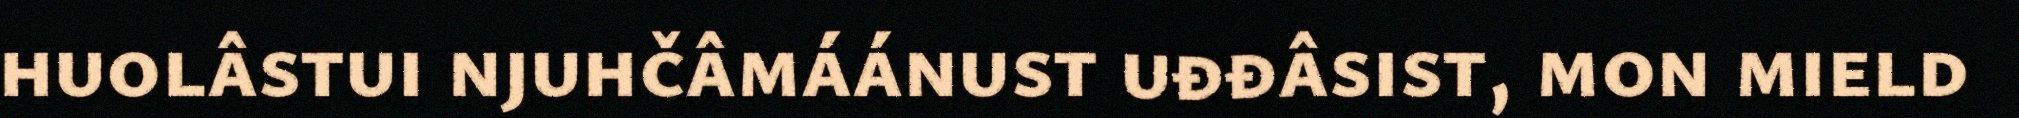
huolâstui njuhčâmáánust uđđâsist, mon mield